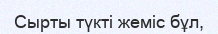
Сырты түкті жеміс бұл,